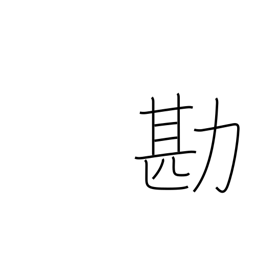
Meaning: compare